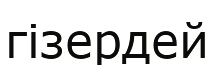
гізердей